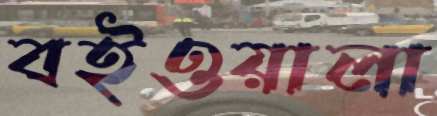
বইওয়ালা